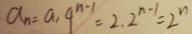
a _ { n } = a _ { 1 } q ^ { n - 1 } = 2 . 2 ^ { n - 1 } = 2 ^ { n }